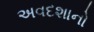
અવદશાનો